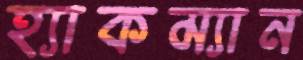
হ্যাকম্যান